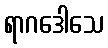
ရာဂဒေါသေ